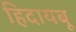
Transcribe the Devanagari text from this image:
हिदायबू